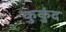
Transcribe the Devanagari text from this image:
कुकुंद